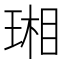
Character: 𤧇